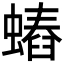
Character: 𧐍